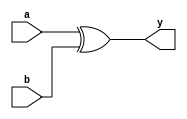
module and_gate_always (
    input wire a,
    input wire b,
    output reg y
);
    always @(*) begin
        y = a ^ b;
    end
endmodule